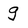
Character: g